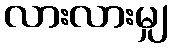
လားလားမျှ